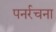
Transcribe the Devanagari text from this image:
पनर्रचना